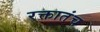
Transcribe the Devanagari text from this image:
रक्तातंच